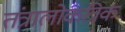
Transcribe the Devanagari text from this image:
तंत्रालोकत्रिक